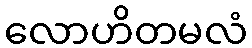
လောဟိတမလံ